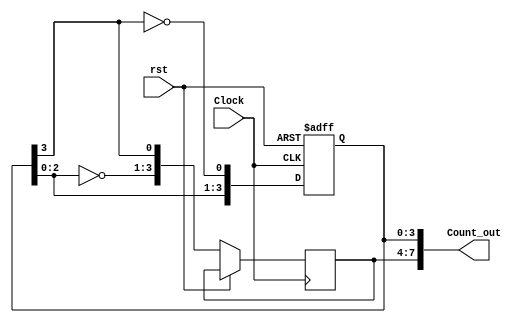
//Verilog HDL for "2016_PhotoShank", "johnsonCounter" "functional"
//The pattern is looped with 4 bits
//0001
//0011
//0111
//1111
//1110
//1100
//1000
//0000

//So you divide by 4
//And then this gets put into the PI_dig_frontend

//and repeat
`timescale 1ns/10ps

`celldefine

module johnsonCounter (
    Clock,
    rst,
    Count_out
    );

    //what are the input ports and their sizes.
    input Clock;
    input rst;
    //what are the output ports and their sizes.
    output [7:0] Count_out;
    //Internal variables
    reg [3:0] Count_temp;
    reg [3:0] Count_temp_bar;

    //Whenever the Clock changes from 0 to 1(positive edge) or 
    always @(posedge(Clock) or posedge(rst))  
    begin
      if ( rst ) begin
        Count_temp <= 8'b00000000;   
      end  
      else begin
      Count_temp <= {Count_temp[2:0],~Count_temp[3]};  
      Count_temp_bar <= {~Count_temp[2:0],Count_temp[3]};  
      end
    end

   
    //a change in Reset, execute the always block.
//    always @(posedge(Clock) or posedge(rst))
//    begin
//        if(rst == 1'b1)   begin  //when Reset is high 
//            Count_temp <= 8'b00000000;   
//		end  //The Count value is reset to "00000000".
//        else if(Clock == 1'b1)  begin  //When the Clock is high
//            //Left shift the Count value and at the same time
//            //negate the least significant bit.
//            Count_temp <= {Count_temp[2:0],~Count_temp[3]};  
//            Count_temp_bar <= {~Count_temp[2:0],Count_temp[3]};  
//		end 
//    end
    
    //The Count value is assigned to final output port.
    assign Count_out[3:0] = Count_temp;
    assign Count_out[7:4] = Count_temp_bar;
    
endmodule